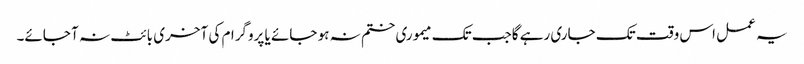
یہ عمل اس وقت تک جاری رہے گاجب تک میموری ختم نہ ہو جائے یا پروگرام کی آخری بائٹ نہ آ جائے۔